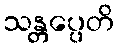
သန္တပ္ပေတိ